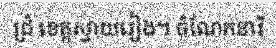
ជ្រំ ខេត្តស្វាយរៀង។ ចំណែកនារី